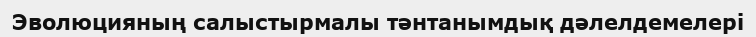
Эволюцияның салыстырмалы тәнтанымдық дәлелдемелері